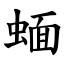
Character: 蝒